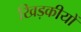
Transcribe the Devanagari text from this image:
खिड़कीयों